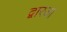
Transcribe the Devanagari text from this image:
द्वारजा